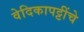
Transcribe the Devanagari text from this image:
वेदिकापट्टींचे